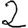
Digit: 2